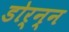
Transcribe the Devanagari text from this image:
डोर्न्न